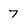
Character: 7